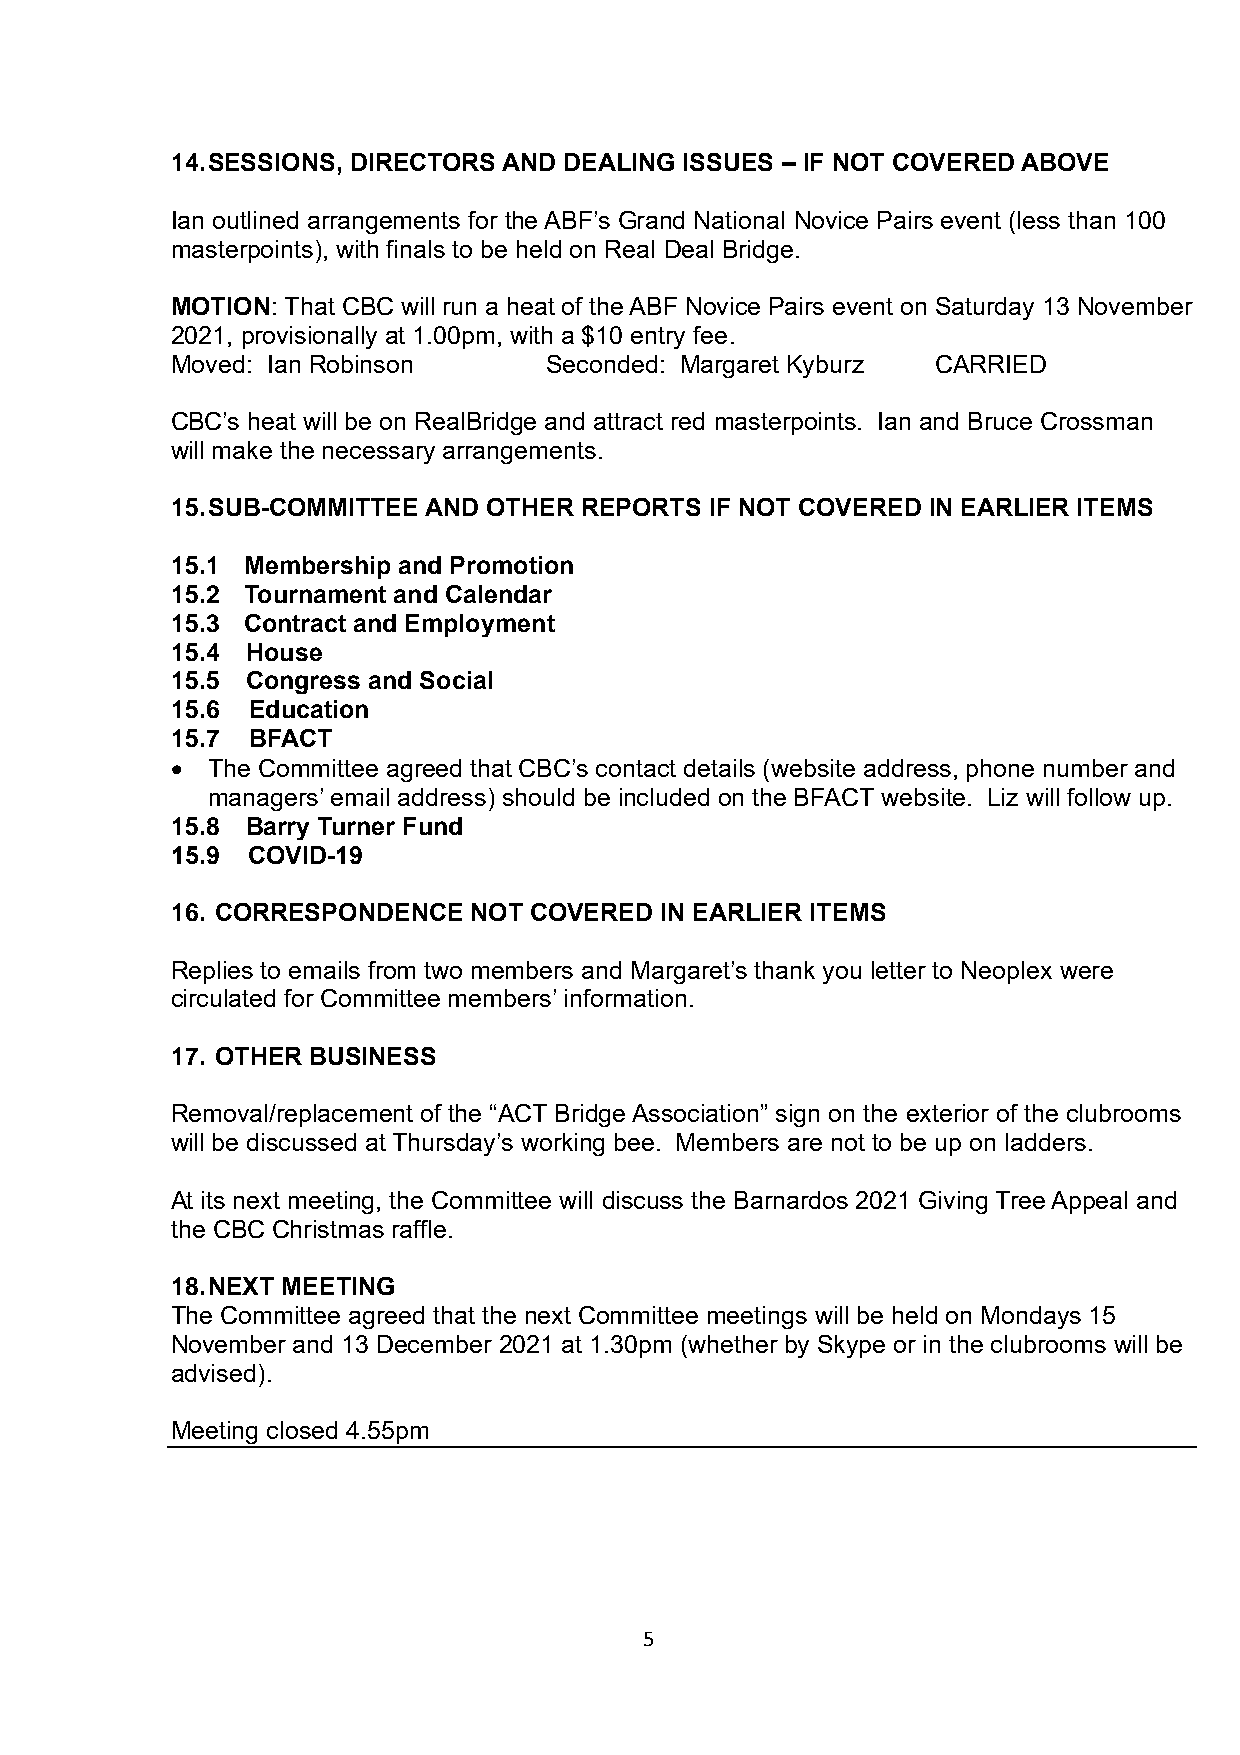
14. SESSIONS, DIRECTORS AND DEALING ISSUES – IF NOT COVERED ABOVE
 Ian outlined arrangements for the ABF’s Grand National Novice Pairs event (less than 100
 masterpoints), with finals to be held on Real Deal Bridge.
 MOTION: That CBC will run a heat of the ABF Novice Pairs event on Saturday 13 November
 2021, provisionally at 1.00pm, with a $10 entry fee.
 Moved: Ian Robinson      Seconded: Margaret Kyburz CARRIED
 CBC’s heat will be on RealBridge and attract red masterpoints. Ian and Bruce Crossman
 will make the necessary arrangements.
 15. SUB-COMMITTEE AND OTHER REPORTS IF NOT COVERED IN EARLIER ITEMS
 15.1 Membership and Promotion
 15.2 Tournament and Calendar
 15.3 Contract and Employment
 15.4 House
 15.5 Congress and Social
 15.6 Education
 15.7 BFACT
 •  The Committee agreed that CBC’s contact details (website address, phone number and
 managers’ email address) should be included on the BFACT website. Liz will follow up.
 15.8 Barry Turner Fund
 15.9 COVID-19
 16. CORRESPONDENCE  NOT COVERED  IN EARLIER ITEMS
 Replies to emails from two members and Margaret’s thank you letter to Neoplex were
 circulated for Committee members’ information.
 17. OTHER BUSINESS
 Removal/replacement of the “ACT Bridge Association” sign on the exterior of the clubrooms
 will be discussed at Thursday’s working bee. Members are not to be up on ladders.
 At its next meeting, the Committee will discuss the Barnardos 2021 Giving Tree Appeal and
 the CBC Christmas raffle.
 18. NEXT MEETING
 The Committee agreed that the next Committee meetings will be held on Mondays 15
 November and 13 December 2021 at 1.30pm (whether by Skype or in the clubrooms will be
 advised).
 Meeting closed 4.55pm
 5